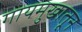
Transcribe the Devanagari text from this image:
गायमुखातून